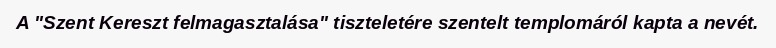
A "Szent Kereszt felmagasztalása" tiszteletére szentelt templomáról kapta a nevét.